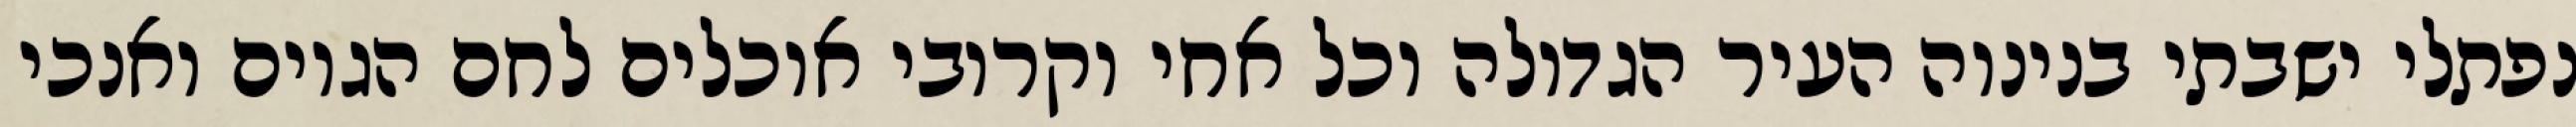
נפתלי ישבתי בנינוה העיר הגדולה וכל אחי וקרובי אוכלים לחם הגוים ואנכי